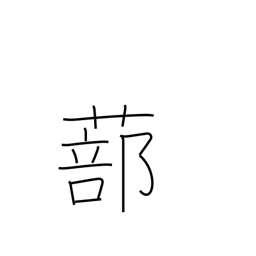
Meaning: latticed shutters